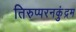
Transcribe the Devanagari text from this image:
तिरुप्परनकुंद्रम